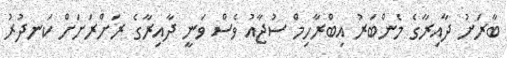
ބާރަށު ދާއިރާގެ މެންބަރު އިބްރާހިމް ސުޖާއު ވެސް ވަނީ ދާއިރާގެ ރަށްރަށަށް ކަނދުރު